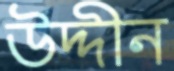
উদ্দীন